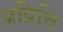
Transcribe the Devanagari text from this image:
प्रव्रित्ति